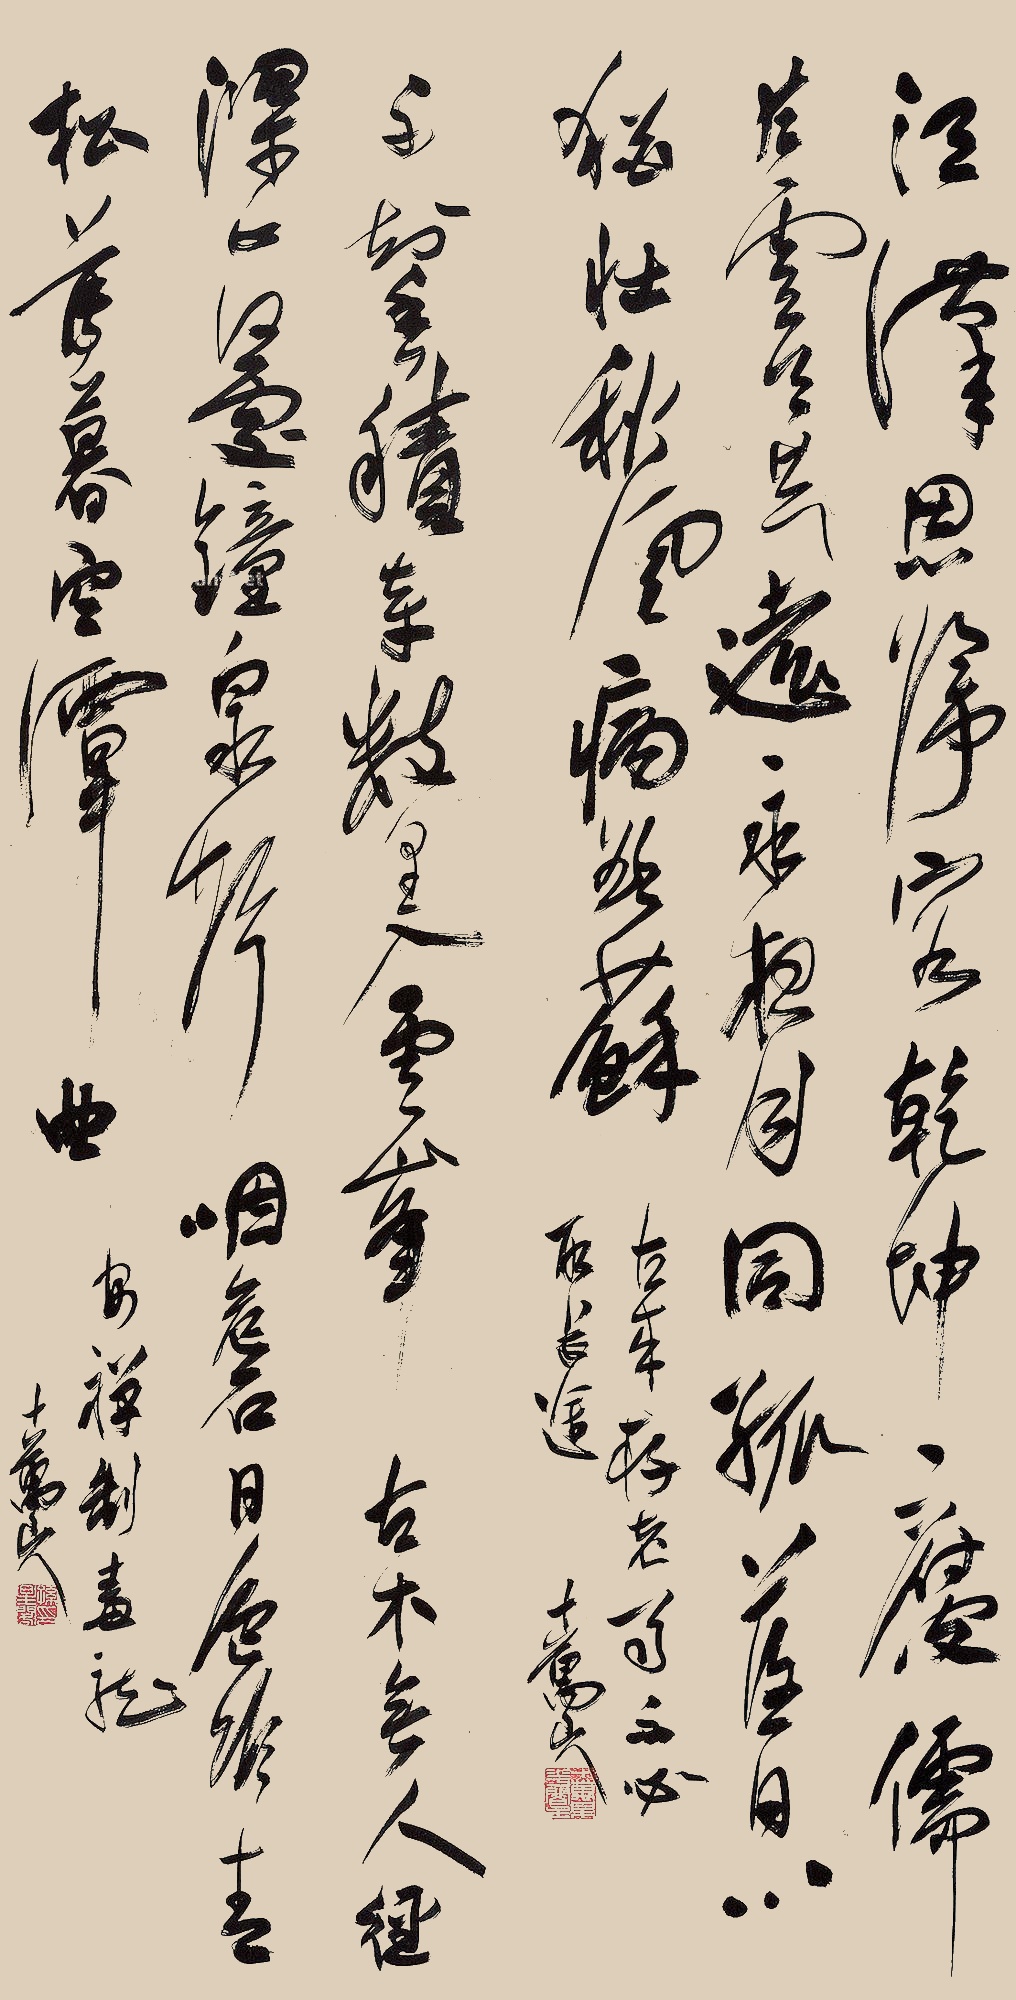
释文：江汉思归客，乾坤一腐儒。片云天共远，永夜月同孤。落日心犹壮，秋风病欲苏。古来存老马，不必取长途。

不知香积寺，数里入云峰。古木无人径，深山何处钟。泉声咽危石，日色冷青松。薄暮空潭曲，安禅制毒龙。十万山人。钤印：十万某花阁主
十万山人。钤印：孙星阁印